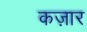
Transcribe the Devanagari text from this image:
कज़ार